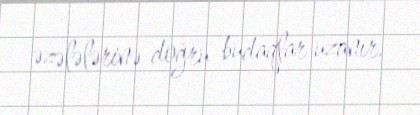
əzələlərinə doğru budaqlar uzanır.